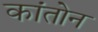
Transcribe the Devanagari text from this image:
कांतोन